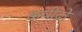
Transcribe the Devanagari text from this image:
कपींद्रो